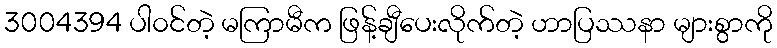
3004394 ပါ၀င်တဲ့ မကြာမီက ဖြန့်ချီပေးလိုက်တဲ့ ဟာပြဿနာ များစွာကို